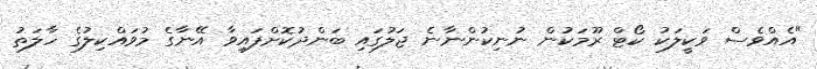
"އެއްވެސް ވަކީލަކު ކޯޓް ރޫމަކުން ނުނިކުންނާނެ ޖަލުގައި ބަންދުކޮށްފައިވާ އޭނާގެ މުވައްކިލުގެ ހާލަތު